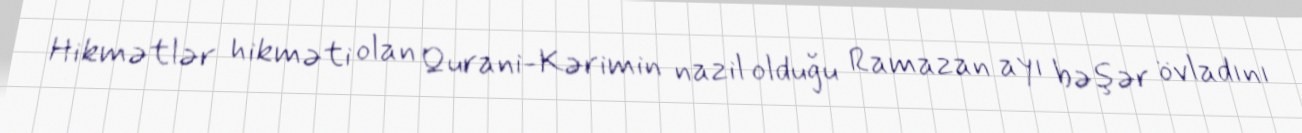
Hikmətlər hikməti olan Qurani-Kərimin nazil olduğu Ramazan ayı bəşər övladını